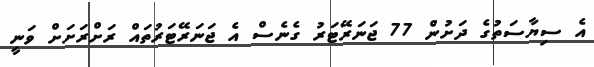
އެ ސިޔާސަތުގެ ދަށުން 77 ޖަނަރޭޓަރު ގެނެސް އެ ޖަނަރޭޓަރުތައް ރަށްރަށަށް ވަނީ